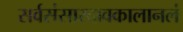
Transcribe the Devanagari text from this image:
सर्वसंसारदावकालानलं